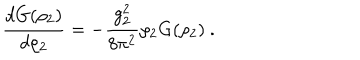
\frac { d G ( \rho _ { 2 } ) } { d \rho _ { 2 } } = - \frac { g _ { 2 } ^ { 2 } } { 8 \pi ^ { 2 } } \rho _ { 2 } G ( \rho _ { 2 } ) ~ .